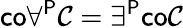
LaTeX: {\mathsf{co}}\forall^{\mathsf{P}}{\mathcal{C}}=\exists^{\mathsf{P}}{\mathsf{co}}{\mathcal{C}}